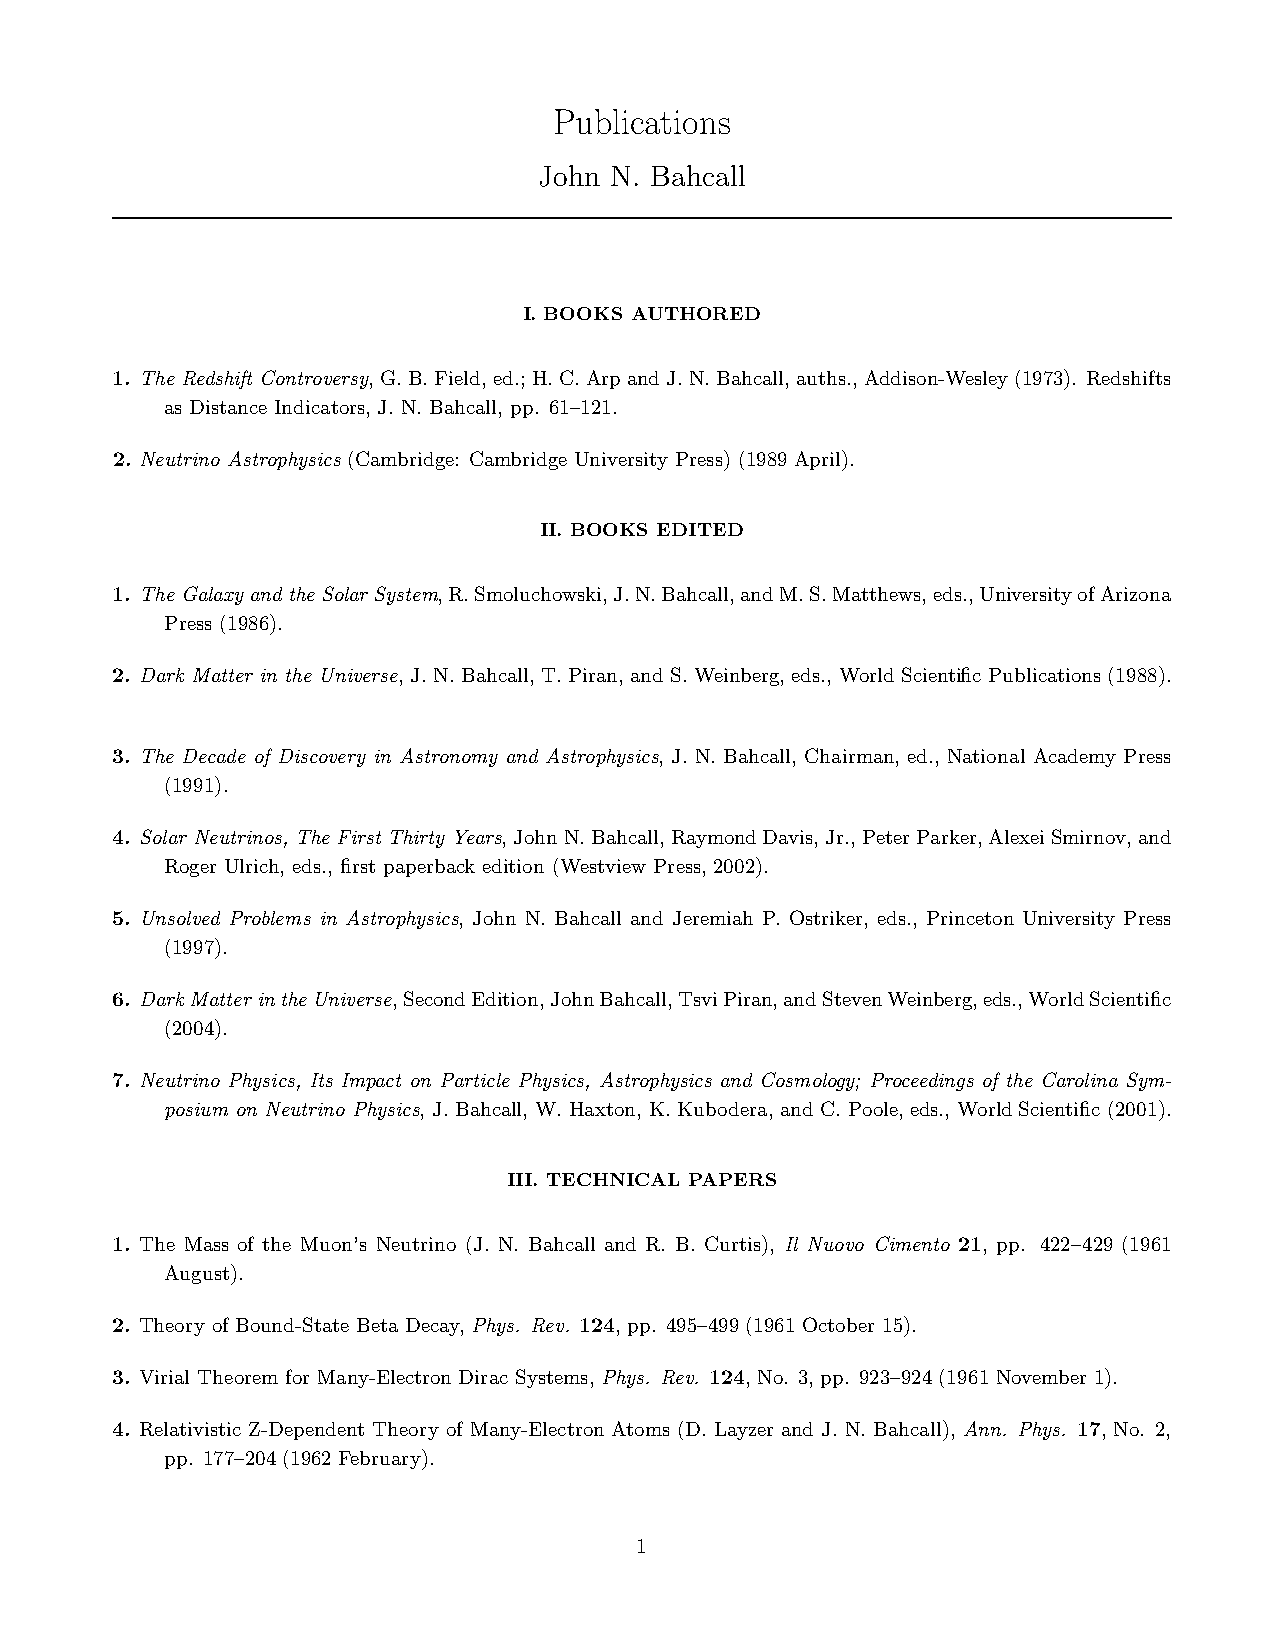
Publications
 John N. Bahcall
 I. BOOKS AUTHORED
 1. The Redshift Controversy, G.B.Field, ed.; H.C.ArpandJ.N.Bahcall,auths.,Addison-Wesley(1973). Redshifts
 as Distance Indicators, J. N. Bahcall, pp. 61–121.
 2. Neutrino Astrophysics (Cambridge: Cambridge University Press) (1989 April).
 II. BOOKS EDITED
 1. The GalaxyandtheSolarSystem,R.Smoluchowski,J.N.Bahcall,andM.S.Matthews,eds.,UniversityofArizona
 Press (1986).
 2. Dark Matter in the Universe, J. N. Bahcall,T. Piran,and S. Weinberg, eds., WorldScientific Publications (1988).
 3. The Decade of Discovery in Astronomy and Astrophysics, J. N. Bahcall, Chairman, ed., National Academy Press
 (1991).
 4. Solar Neutrinos, The First Thirty Years,JohnN.Bahcall,RaymondDavis,Jr.,PeterParker,AlexeiSmirnov,and
 Roger Ulrich, eds., first paperback edition (Westview Press, 2002).
 5. Unsolved Problems in Astrophysics, John N. Bahcall and Jeremiah P. Ostriker, eds., Princeton University Press
 (1997).
 6. DarkMatterintheUniverse,SecondEdition,JohnBahcall,TsviPiran,andStevenWeinberg,eds.,WorldScientific
 (2004).
 7. Neutrino Physics, Its Impact on Particle Physics, Astrophysics and Cosmology; Proceedings of the Carolina Sym-
 posium on Neutrino Physics, J. Bahcall, W. Haxton, K. Kubodera, and C. Poole, eds., World Scientific (2001).
 III. TECHNICAL PAPERS
 1. The Mass of the Muon’s Neutrino (J. N. Bahcall and R. B. Curtis), Il Nuovo Cimento 21, pp. 422–429 (1961
 August).
 2. Theory of Bound-State Beta Decay, Phys. Rev. 124, pp. 495–499(1961 October 15).
 3. Virial Theorem for Many-Electron Dirac Systems, Phys. Rev. 124, No. 3, pp. 923–924 (1961 November 1).
 4. Relativistic Z-Dependent Theory of Many-Electron Atoms (D. Layzer and J. N. Bahcall), Ann. Phys. 17, No. 2,
 pp. 177–204(1962 February).
 1